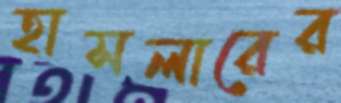
হাসলারের